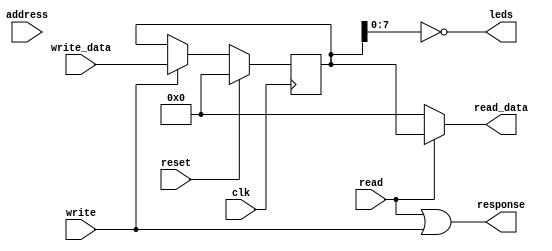
module LEDs (
    input wire clk,
    input wire reset,
    input wire read,
    input wire write,
    input wire [31:0] address,
    input wire [31:0] write_data,
    output wire [31:0] read_data,
    output wire response,
    output wire [7:0] leds
);

assign response = read | write;

reg [31:0] data;

initial begin
    data = 0;
end

assign read_data = (read == 1'b1) ? data : 32'h00000000;

always @(posedge clk ) begin
    if(reset == 1'b1) begin
        data <= 1'b0;
    end else if(write) begin
        data <= write_data;
    end
end

assign leds = ~data[7:0];
    
endmodule